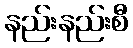
နည်းနည်းစီ